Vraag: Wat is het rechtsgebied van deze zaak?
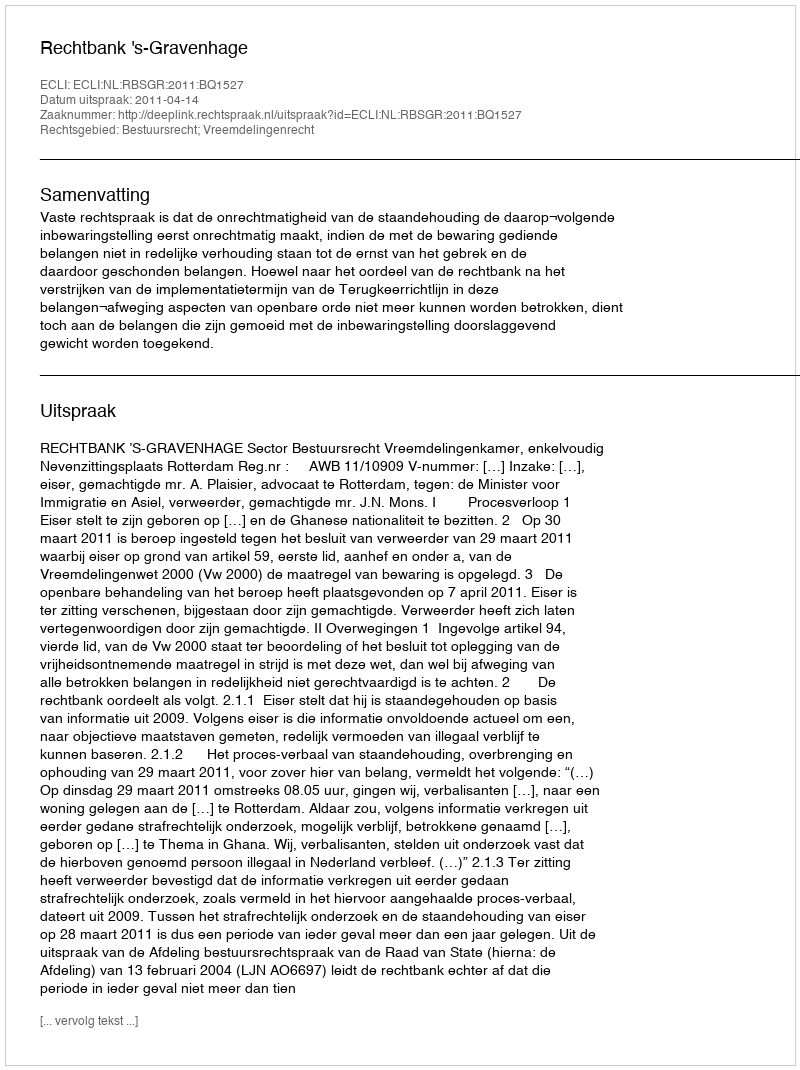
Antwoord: Bestuursrecht; Vreemdelingenrecht